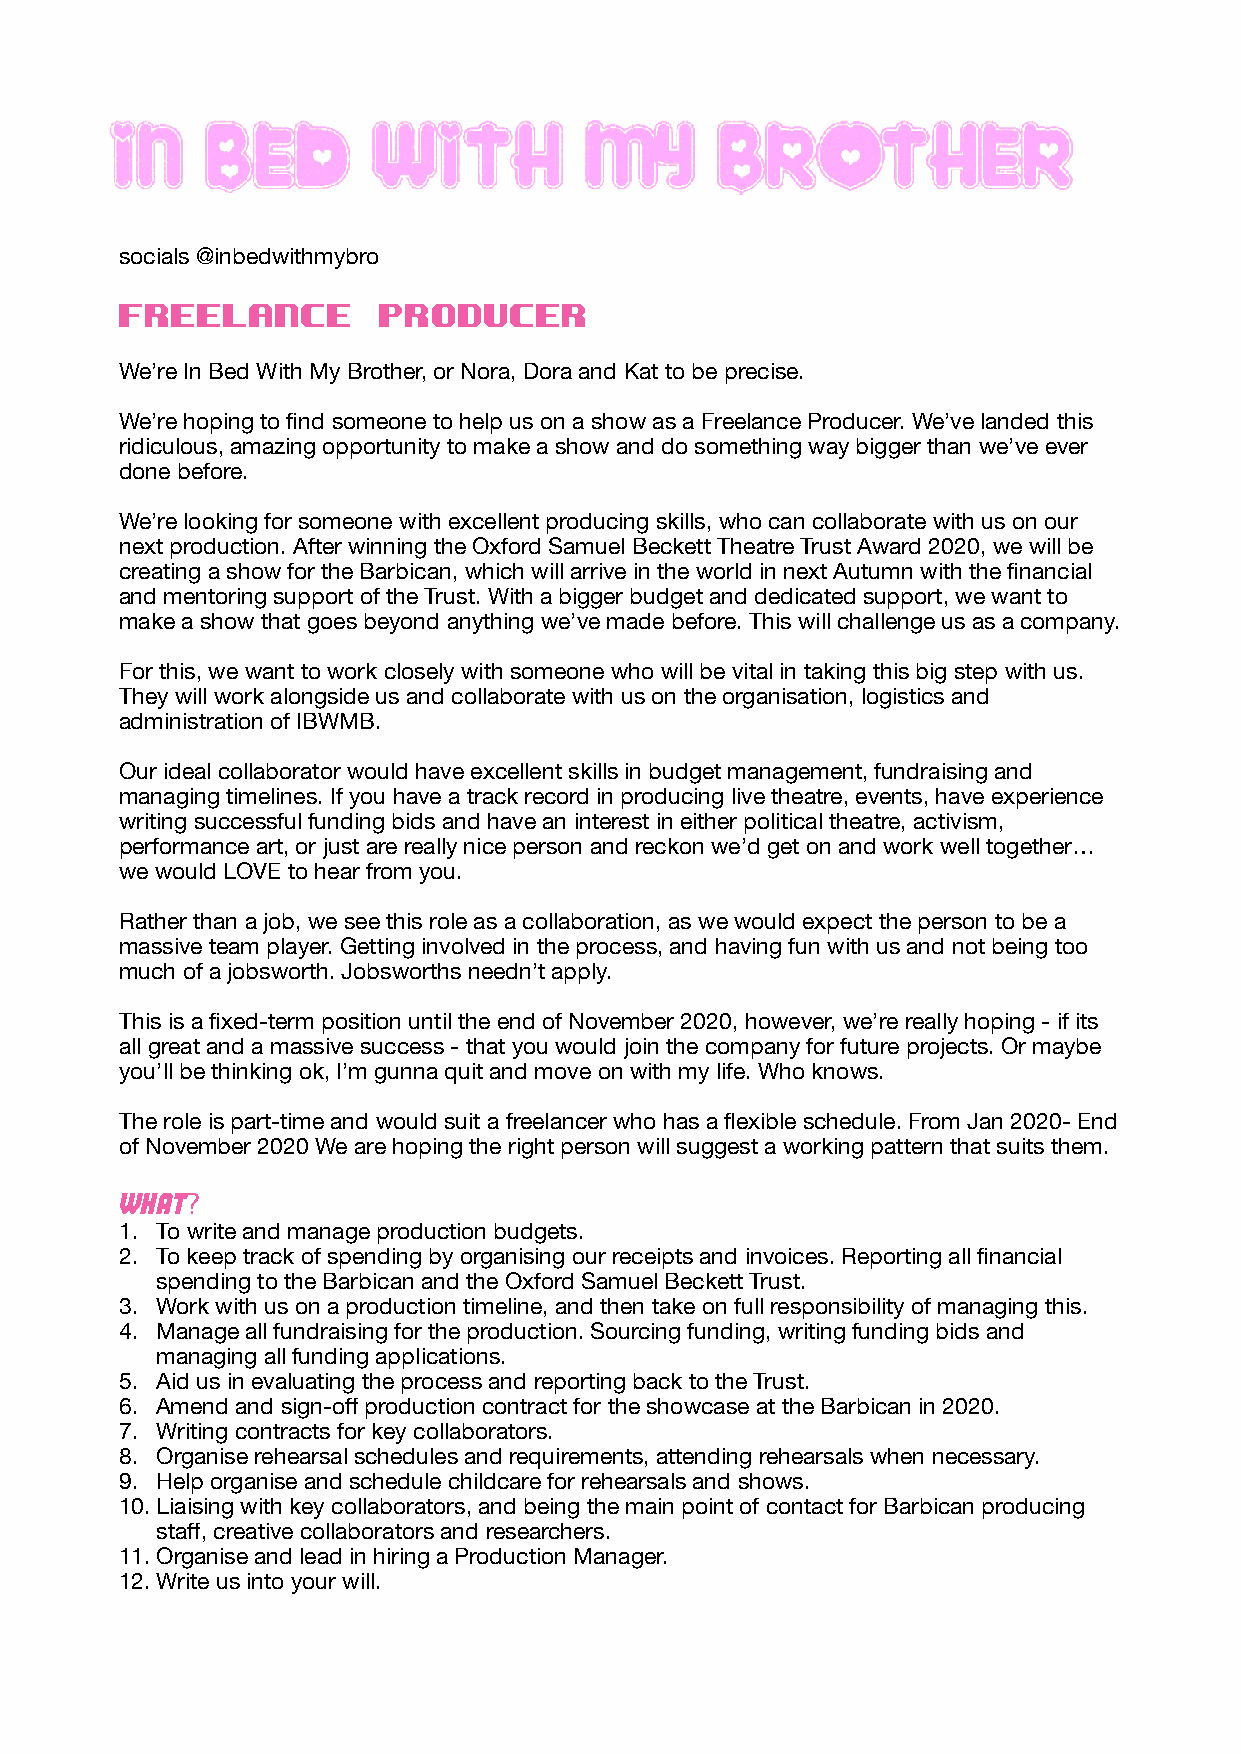
socials @inbedwithmybro
 Freelance        Producer
 We’re In Bed With My Brother, or Nora, Dora and Kat to be precise.
 We’re hoping to find someone to help us on a show as a Freelance Producer. We’ve landed this
 ridiculous, amazing opportunity to make a show and do something way bigger than we’ve ever
 done before.
 We’re looking for someone with excellent producing skills, who can collaborate with us on our
 next production. After winning the Oxford Samuel Beckett Theatre Trust Award 2020, we will be
 creating a show for the Barbican, which will arrive in the world in next Autumn with the financial
 and mentoring support of the Trust. With a bigger budget and dedicated support, we want to
 make a show that goes beyond anything we’ve made before. This will challenge us as a company.
 For this, we want to work closely with someone who will be vital in taking this big step with us.
 They will work alongside us and collaborate with us on the organisation, logistics and
 administration of IBWMB.
 Our ideal collaborator would have excellent skills in budget management, fundraising and
 managing timelines. If you have a track record in producing live theatre, events, have experience
 writing successful funding bids and have an interest in either political theatre, activism,
 performance art, or just are really nice person and reckon we’d get on and work well together…
 we would LOVE to hear from you.
 Rather than a job, we see this role as a collaboration, as we would expect the person to be a
 massive team player. Getting involved in the process, and having fun with us and not being too
 much of a jobsworth. Jobsworths needn’t apply.
 This is a fixed-term position until the end of November 2020, however, we’re really hoping - if its
 all great and a massive success - that you would join the company for future projects. Or maybe
 you’ll be thinking ok, I’m gunna quit and move on with my life. Who knows.
 The role is part-time and would suit a freelancer who has a flexible schedule. From Jan 2020- End
 of November 2020 We are hoping the right person will suggest a working pattern that suits them.
 What?
 1. To write and manage production budgets.
 2. To keep track of spending by organising our receipts and invoices. Reporting all financial
 spending to the Barbican and the Oxford Samuel Beckett Trust.
 3. Work with us on a production timeline, and then take on full responsibility of managing this.
 4. Manage all fundraising for the production. Sourcing funding, writing funding bids and
 managing all funding applications.
 5. Aid us in evaluating the process and reporting back to the Trust.
 6. Amend and sign-off production contract for the showcase at the Barbican in 2020.
 7. Writing contracts for key collaborators.
 8. Organise rehearsal schedules and requirements, attending rehearsals when necessary.
 9. Help organise and schedule childcare for rehearsals and shows.
 10.Liaising with key collaborators, and being the main point of contact for Barbican producing
 staff, creative collaborators and researchers.
 11.Organise and lead in hiring a Production Manager.
 12.Write us into your will.